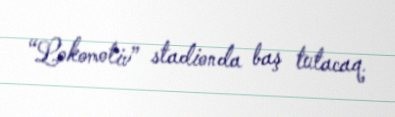
“Lokomotiv” stadionda baş tutacaq.